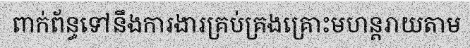
ពាក់ព័ន្ធទៅនឹងការងារគ្រប់គ្រងគ្រោះមហន្តរាយតាម